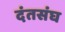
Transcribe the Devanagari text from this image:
दंतसंघ